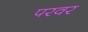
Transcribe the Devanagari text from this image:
परवर